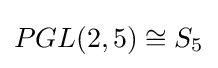
PGL(2,5)\cong S_{5}